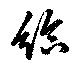
給